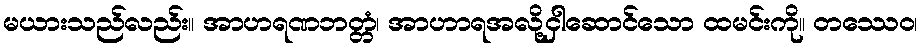
မယားသည်လည်း။ အာဟရဏဘတ္တံ၊ အာဟာရအလို့ငှါဆောင်သော ထမင်းကို။ တဿေဝ၊